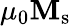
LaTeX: \mu_{0}\mathbf{M}_{\mathrm{{s}}}